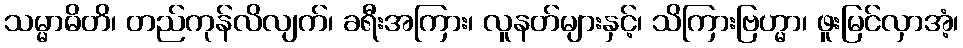
သမ္မာဓိတိ၊ တည်ကုန်လိလျက်၊ ခရီးအကြား၊ လူနတ်များနှင့်၊ သိကြားဗြဟ္မာ၊ ဖူးမြင်လှာအံ့၊